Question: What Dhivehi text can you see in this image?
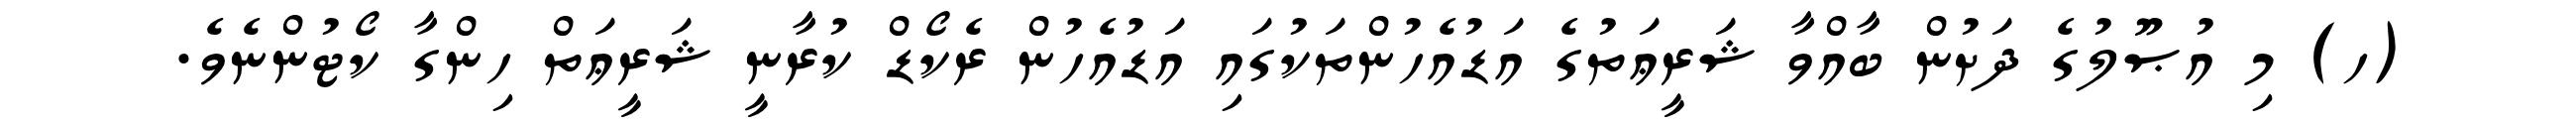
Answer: (ހ) މި އުޞޫލުގެ ދަށުން ބާއްވާ ޝަރީޢަތުގެ އަޑުއެހުންތަކުގައި އަޑުއެހުން ރެކޯޑް ކުރާނީ ޝަރީޢަތް ހިންގާ ކޯޓުންނެވެ.